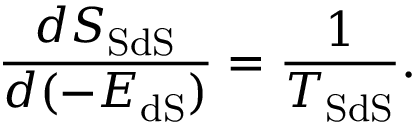
\frac { d S _ { \mathrm { S d S } } } { d ( - E _ { \mathrm { d S } } ) } = \frac { 1 } { T _ { \mathrm { S d S } } } .